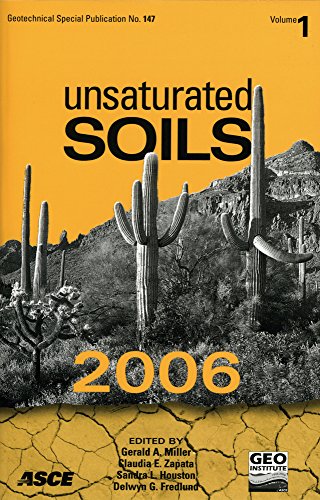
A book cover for Unsaturated Soils (Geotechnical Special Publication No. 147); Caudia Zapata, Sandra Houston, Delwyn Fredlund (Editors) Gerald Miller; Science & Math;